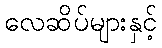
လေဆိပ်များနှင့်